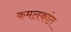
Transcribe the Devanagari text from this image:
कमलकांत